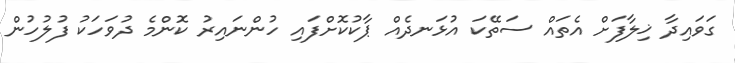
ގަވައިދާ ޚިލާފަށް އެތައް ސަތޭކަ އުޅަނދެއް ޕާކުކޮށްފައި ހުންނައިރު ކޮންމެ ދުވަހަކު ފުލުހުން